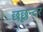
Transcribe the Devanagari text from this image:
छछून्दर